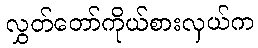
လွှတ်တော်ကိုယ်စားလှယ်က